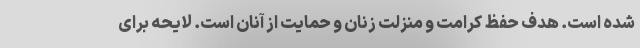
شده است. هدف حفظ کرامت و منزلت زنان و حمایت از آنان است. لایحه برای